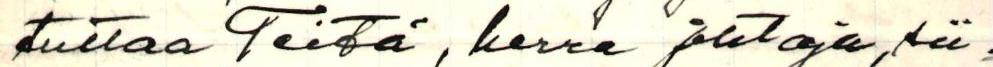
tuttaa Teitä, herra johtaja, sii=